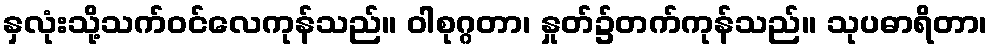
နှလုံးသို့သက်ဝင်လေကုန်သည်။ ဝါစုဂ္ဂတာ၊ နှုတ်၌တက်ကုန်သည်။ သုပဓာရိတာ၊